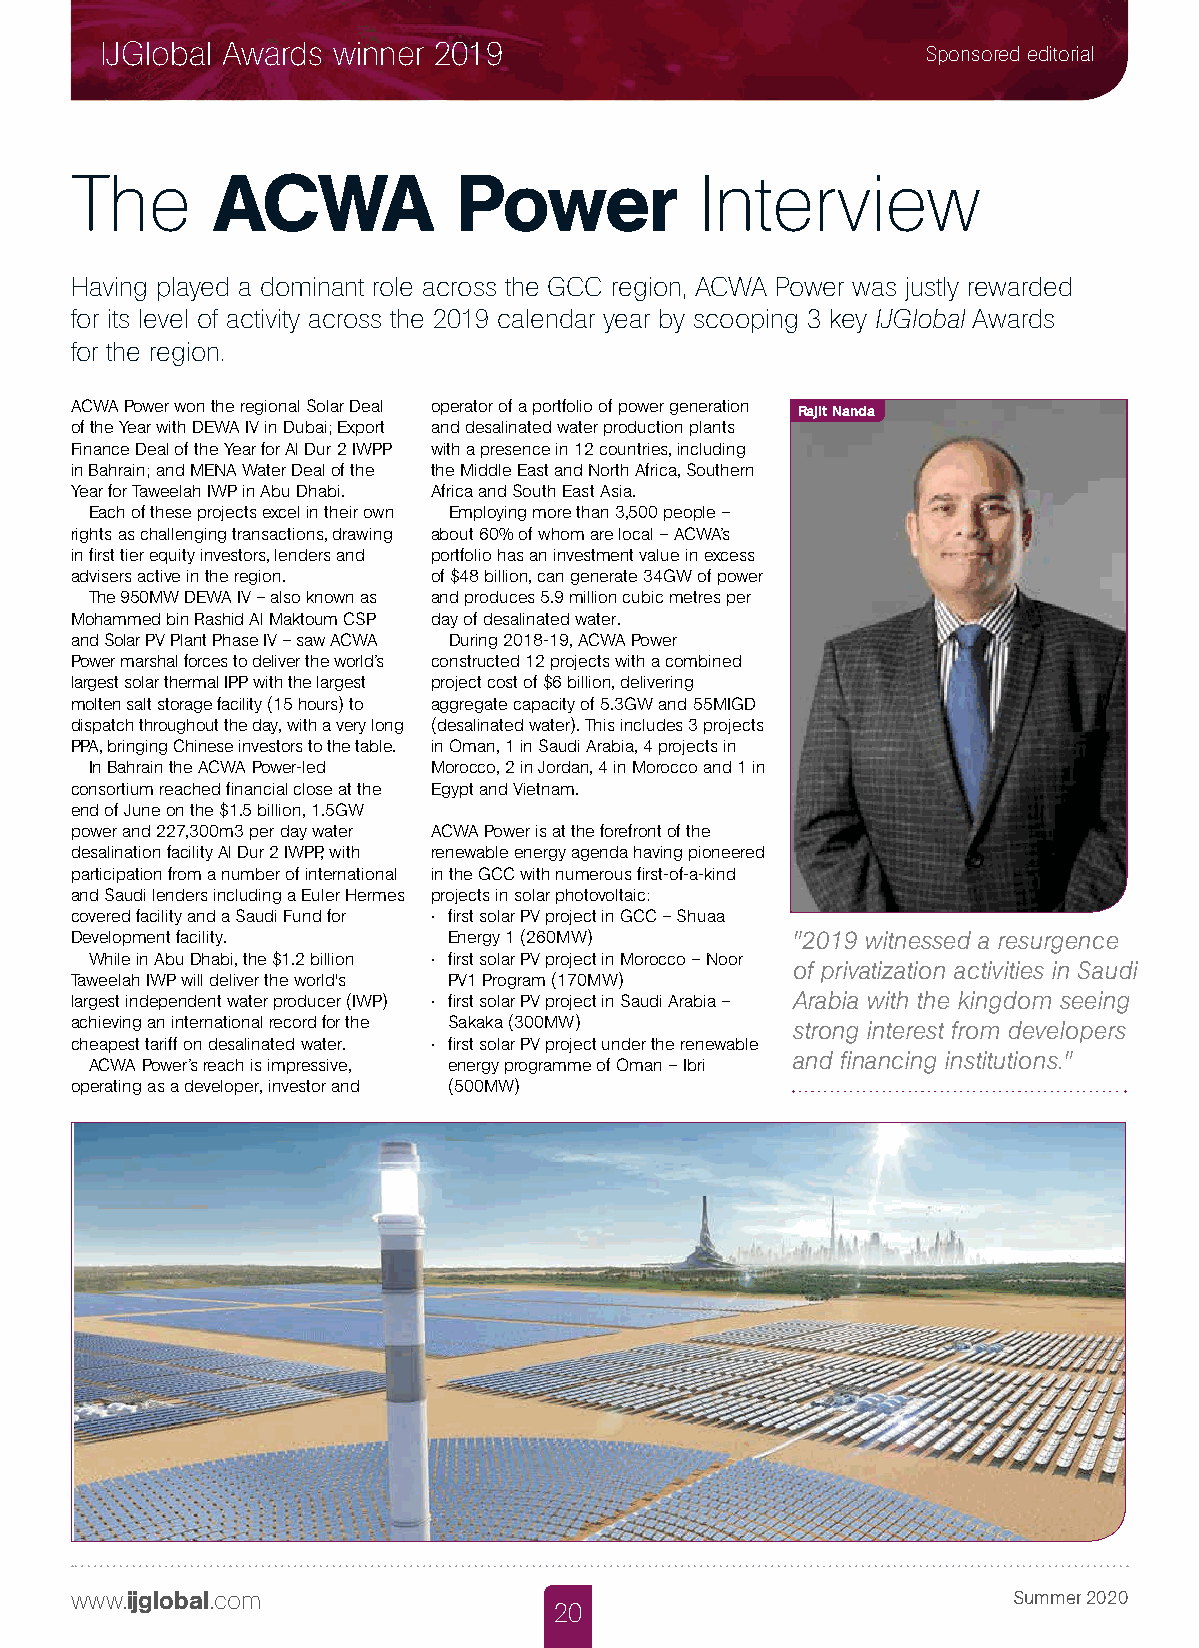
IJGlobal Awards winner 2019                           Sponsored editorial
 The      ACWA            Power           Interview
 Having played a dominant role across the GCC region, ACWA Power was justly rewarded
 for its level of activity across the 2019 calendar year by scooping 3 key IJGlobal Awards
 for the region.
 ACWA Power won the regional Solar Deal operator of a portfolio of power generation
 Rajit Nanda
 of the Year with DEWA IV in Dubai; Export and desalinated water production plants
 Finance Deal of the Year for Al Dur 2 IWPP with a presence in 12 countries, including
 in Bahrain; and MENA Water Deal of the the Middle East and North Africa, Southern
 Year for Taweelah IWP in Abu Dhabi. Africa and South East Asia.
 Each of these projects excel in their own Employing more than 3,500 people –
 rights as challenging transactions, drawing about 60% of whom are local – ACWA’s
 in first tier equity investors, lenders and portfolio has an investment value in excess
 advisers active in the region. of $48 billion, can generate 34GW of power
 The 950MW DEWA IV – also known as and produces 5.9 million cubic metres per
 Mohammed bin Rashid Al Maktoum CSP day of desalinated water.
 and Solar PV Plant Phase IV – saw ACWA During 2018-19, ACWA Power
 Power marshal forces to deliver the world’s constructed 12 projects with a combined
 largest solar thermal IPP with the largest project cost of $6 billion, delivering
 molten salt storage facility (15 hours) to aggregate capacity of 5.3GW and 55MIGD
 dispatch throughout the day, with a very long (desalinated water). This includes 3 projects
 PPA, bringing Chinese investors to the table. in Oman, 1 in Saudi Arabia, 4 projects in
 In Bahrain the ACWA Power-led Morocco, 2 in Jordan, 4 in Morocco and 1 in
 consortium reached financial close at the Egypt and Vietnam.
 end of June on the $1.5 billion, 1.5GW
 power and 227,300m3 per day water ACWA Power is at the forefront of the
 desalination facility Al Dur 2 IWPP, with renewable energy agenda having pioneered
 participation from a number of international in the GCC with numerous first-of-a-kind
 and Saudi lenders including a Euler Hermes projects in solar photovoltaic:
 covered facility and a Saudi Fund for • first solar PV project in GCC – Shuaa
 Development facility.    Energy 1 (260MW)      "2019 witnessed a resurgence
 While in Abu Dhabi, the $1.2 billion • first solar PV project in Morocco – Noor
 of privatization activities in Saudi
 Taweelah IWP will deliver the world's PV1 Program (170MW)
 largest independent water producer (IWP) • first solar PV project in Saudi Arabia – Arabia with the kingdom seeing
 achieving an international record for the Sakaka (300MW) strong interest from developers
 cheapest tariff on desalinated water. • first solar PV project under the renewable
 and financing institutions."
 ACWA Power’s reach is impressive, energy programme of Oman – Ibri
 operating as a developer, investor and (500MW)
 www.ijglobal.com                                              Summer 2020
 20